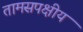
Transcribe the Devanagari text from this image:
तामसपक्षीय